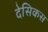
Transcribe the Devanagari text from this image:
देसिकस